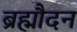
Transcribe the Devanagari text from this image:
ब्रह्मौदन